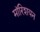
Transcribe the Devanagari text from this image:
मॉरिशयन